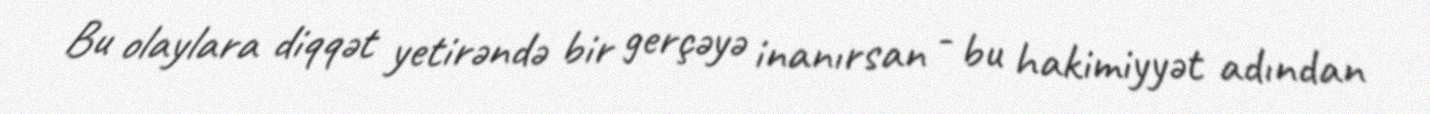
Bu olaylara diqqət yetirəndə bir gerçəyə inanırsan - bu hakimiyyət adından